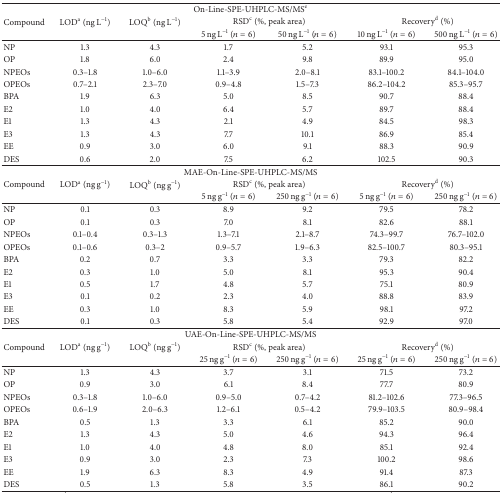
<table><thead><tr><td colspan="7"><b>On-Line-SPE-UHPLC-MS/MS<sup>e</sup></b></td></tr><tr><td rowspan="2"><b>Compound</b></td><td rowspan="2"><b>LOD<sup>a</sup> (ng L<sup>−1</sup>)</b></td><td rowspan="2"><b>LOQ<sup>b</sup> (ng L<sup>−1</sup>)</b></td><td colspan="2"><b>RSD<sup>c</sup> (%, peak area)</b></td><td colspan="2"><b>Recovery<sup>d</sup> (%)</b></td></tr><tr><td><b>5 ng L<sup>−1</sup> (<i>n</i> = 6)</b></td><td><b>50 ng L<sup>−1</sup> (<i>n</i> = 6)</b></td><td><b>10 ng L<sup>−1</sup> (<i>n</i> = 6)</b></td><td><b>500 ng L<sup>−1</sup> (<i>n</i> = 6)</b></td></tr></thead><tbody><tr><td>NP</td><td>1.3</td><td>4.3</td><td>1.7</td><td>5.2</td><td>93.1</td><td>95.3</td></tr><tr><td>OP</td><td>1.8</td><td>6.0</td><td>2.4</td><td>9.8</td><td>89.9</td><td>95.0</td></tr><tr><td>NPEOs</td><td>0.3–1.8</td><td>1.0–6.0</td><td>1.1–3.9</td><td>2.0–8.1</td><td>83.1–100.2</td><td>84.1–104.0</td></tr><tr><td>OPEOs</td><td>0.7–2.1</td><td>2.3–7.0</td><td>0.9–4.8</td><td>1.5–7.3</td><td>86.2–104.2</td><td>85.3–95.7</td></tr><tr><td>BPA</td><td>1.9</td><td>6.3</td><td>5.0</td><td>8.5</td><td>90.7</td><td>88.4</td></tr><tr><td>E2</td><td>1.0</td><td>4.0</td><td>6.4</td><td>5.7</td><td>89.7</td><td>88.4</td></tr><tr><td>E1</td><td>1.3</td><td>4.3</td><td>2.1</td><td>4.9</td><td>84.5</td><td>98.3</td></tr><tr><td>E3</td><td>1.3</td><td>4.3</td><td>7.7</td><td>10.1</td><td>86.9</td><td>85.4</td></tr><tr><td>EE</td><td>0.9</td><td>3.0</td><td>6.0</td><td>9.1</td><td>88.3</td><td>90.9</td></tr><tr><td>DES</td><td>0.6</td><td>2.0</td><td>7.5</td><td>6.2</td><td>102.5</td><td>90.3</td></tr><tr><td colspan="7">MAE-On-Line-SPE-UHPLC-MS/MS</td></tr><tr><td rowspan="2">Compound</td><td rowspan="2">LOD<sup>a</sup> (ng g<sup>−1</sup>)</td><td rowspan="2">LOQ<sup>b</sup> (ng g<sup>−1</sup>)</td><td colspan="2">RSD<sup>c</sup> (%, peak area)</td><td colspan="2">Recovery<sup>d</sup> (%)</td></tr><tr><td>5 ng g<sup>−1</sup> (<i>n</i> = 6)</td><td>250 ng g<sup>−1</sup> (<i>n</i> = 6)</td><td>5 ng g<sup>−1</sup> (<i>n</i> = 6)</td><td>250 ng g<sup>−1</sup> (<i>n</i> = 6)</td></tr><tr><td>NP</td><td>0.1</td><td>0.3</td><td>8.9</td><td>9.2</td><td>79.5</td><td>78.2</td></tr><tr><td>OP</td><td>0.1</td><td>0.3</td><td>7.0</td><td>8.1</td><td>82.6</td><td>88.1</td></tr><tr><td>NPEOs</td><td>0.1–0.4</td><td>0.3–1.3</td><td>1.3–7.1</td><td>2.1–8.7</td><td>74.3–99.7</td><td>76.7–102.0</td></tr><tr><td>OPEOs</td><td>0.1–0.6</td><td>0.3–2</td><td>0.9–5.7</td><td>1.9–6.3</td><td>82.5–100.7</td><td>80.3–95.1</td></tr><tr><td>BPA</td><td>0.2</td><td>0.7</td><td>3.3</td><td>3.3</td><td>79.3</td><td>82.2</td></tr><tr><td>E2</td><td>0.3</td><td>1.0</td><td>5.0</td><td>8.1</td><td>95.3</td><td>90.4</td></tr><tr><td>E1</td><td>0.5</td><td>1.7</td><td>4.8</td><td>5.7</td><td>75.1</td><td>80.9</td></tr><tr><td>E3</td><td>0.1</td><td>0.2</td><td>2.3</td><td>4.0</td><td>88.8</td><td>83.9</td></tr><tr><td>EE</td><td>0.3</td><td>1.0</td><td>8.3</td><td>5.9</td><td>98.1</td><td>97.2</td></tr><tr><td>DES</td><td>0.1</td><td>0.3</td><td>5.8</td><td>5.4</td><td>92.9</td><td>97.0</td></tr><tr><td colspan="7">UAE-On-Line-SPE-UHPLC-MS/MS</td></tr><tr><td rowspan="2">Compound</td><td rowspan="2">LOD<sup>a</sup> (ng g<sup>−1</sup>)</td><td rowspan="2">LOQ<sup>b</sup> (ng g<sup>−1</sup>)</td><td colspan="2">RSD<sup>c</sup> (%, peak area)</td><td colspan="2">Recovery<sup>d</sup> (%)</td></tr><tr><td>25 ng g<sup>−1</sup> (<i>n</i> = 6)</td><td>250 ng g<sup>−1</sup> (<i>n</i> = 6)</td><td>25 ng g<sup>−1</sup> (<i>n</i> = 6)</td><td>250 ng g<sup>−1</sup> (<i>n</i> = 6)</td></tr><tr><td>NP</td><td>1.3</td><td>4.3</td><td>3.7</td><td>3.1</td><td>71.5</td><td>73.2</td></tr><tr><td>OP</td><td>0.9</td><td>3.0</td><td>6.1</td><td>8.4</td><td>77.7</td><td>80.9</td></tr><tr><td>NPEOs</td><td>0.3–1.8</td><td>1.0–6.0</td><td>0.9–5.0</td><td>0.7–4.2</td><td>81.2–102.6</td><td>77.3–96.5</td></tr><tr><td>OPEOs</td><td>0.6–1.9</td><td>2.0–6.3</td><td>1.2–6.1</td><td>0.5–4.2</td><td>79.9–103.5</td><td>80.9–98.4</td></tr><tr><td>BPA</td><td>0.5</td><td>1.3</td><td>3.3</td><td>6.1</td><td>85.2</td><td>90.0</td></tr><tr><td>E2</td><td>1.3</td><td>4.3</td><td>5.0</td><td>4.6</td><td>94.3</td><td>96.4</td></tr><tr><td>E1</td><td>1.0</td><td>4.0</td><td>4.8</td><td>8.0</td><td>85.1</td><td>92.4</td></tr><tr><td>E3</td><td>0.9</td><td>3.0</td><td>2.3</td><td>7.3</td><td>100.2</td><td>98.6</td></tr><tr><td>EE</td><td>1.9</td><td>6.3</td><td>8.3</td><td>4.9</td><td>91.4</td><td>87.3</td></tr><tr><td>DES</td><td>0.5</td><td>1.3</td><td>5.8</td><td>3.5</td><td>86.1</td><td>90.2</td></tr></tbody></table>